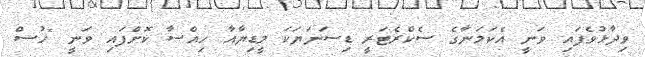
ވިދާޅުވެފައި ވަނީ އެކަމަނާގެ ސެކްރެޓަރީ ޑިސަނަޔަކަ މީޑިޔާއާ ހިއްސާ ކޮށްފައި ވަނީ "ހުސް